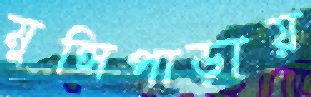
মুন্সিপাড়ায়